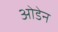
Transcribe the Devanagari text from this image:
ओडेन